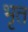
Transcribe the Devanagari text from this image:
भृत